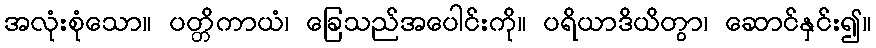
အလုံးစုံသော။ ပတ္တိကာယံ၊ ခြေသည်အပေါင်းကို။ ပရိယာဒိယိတွာ၊ ဆောင်နှင်း၍။